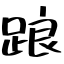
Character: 踉